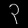
Digit: ၃